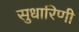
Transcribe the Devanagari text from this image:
सुधारिणी